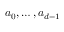
a _ { 0 } , \dots , a _ { d - 1 }